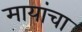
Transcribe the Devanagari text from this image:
मायांचा